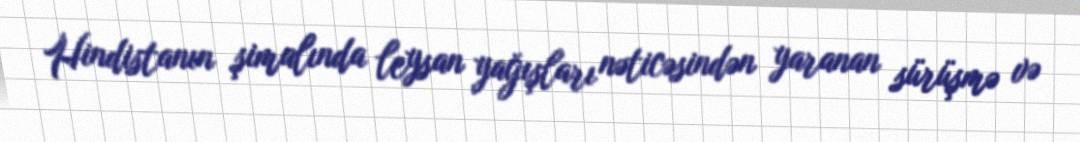
Hindistanın şimalında leysan yağışları nəticəsindən yaranan sürüşmə və